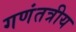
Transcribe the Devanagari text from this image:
गणंतत्रीय